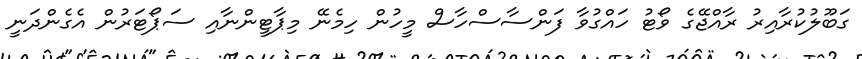
ގަބޫލުކުރާއިރު ރާއްޖޭގެ ވޯޓު ހައްގުވާ ފަންސާސްހާސް މީހުން ހިމެނޭ މިޕާޓީންނާއި ސަޕޯޓަރުން އެގެންދަނީ